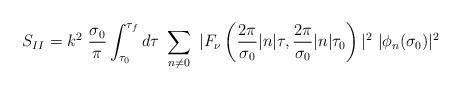
LaTeX: \begin{align*}S_{II} = k^2~ \frac{\sigma_0}{\pi} \int_{\tau_0}^{\tau_f} d\tau ~\sum_{n \neq 0}^{} ~| F_{\nu} \left( \frac{2\pi}{\sigma_0} |n| \tau, \frac{2\pi}{\sigma_0} |n| \tau_0 \right) |^2 ~|\phi_n(\sigma_0)|^2\end{align*}